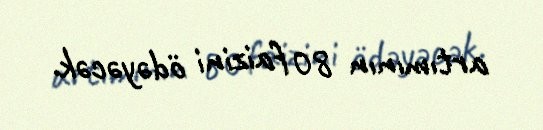
artımının 80 faizini ödəyəcək.